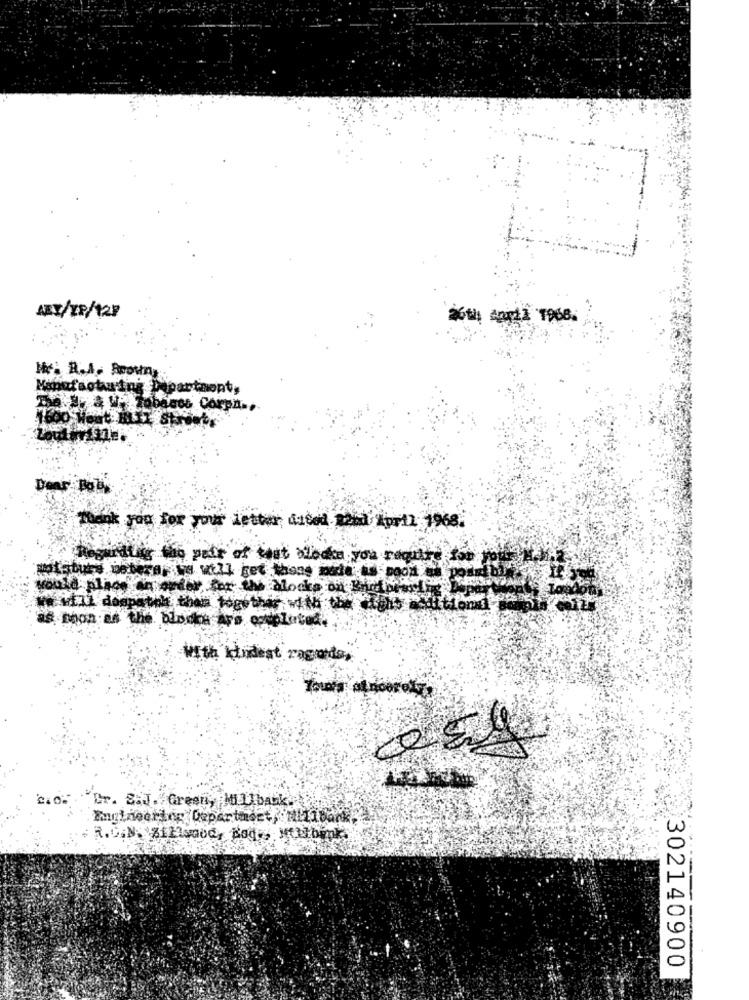
Manufacturing Department,
Denr Bol
Thank you for your letter dased mond April 1968.
gardt is the pair of test alledke you require for your
would place' an order for the blocks on Bnotpews !
we will doanatol than together with the hutfond
as soon as the biodos Are exploited.
With kindest ragoda,
"Cr. S.J. Green, Miliback.
R.O.N.SiEsaod, Body, Mollbank.
-
302140900